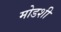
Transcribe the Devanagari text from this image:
मोडशी